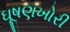
ઘૂષણખોરી